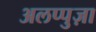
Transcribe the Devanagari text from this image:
अलप्पुज़ा